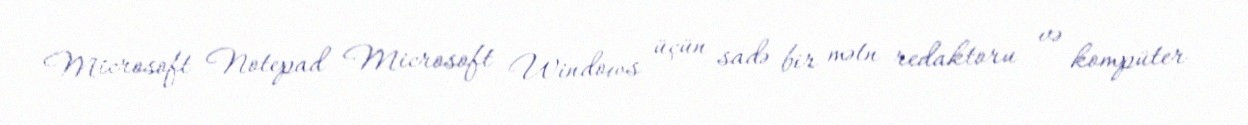
Microsoft Notepad Microsoft Windows üçün sadə bir mətn redaktoru və kompüter